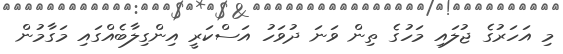
މި އަހަރުގެ ޖުލައި މަހުގެ ތިން ވަނަ ދުވަހު އަސްކަރީ އިންގިލާބެއްގައި މަގާމުން